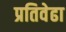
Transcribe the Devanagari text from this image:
प्रतिवेढा